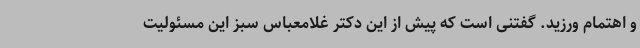
و اهتمام ورزید. گفتنی است که پیش از این دکتر غلامعباس سبز این مسئولیت